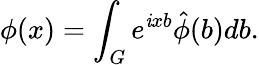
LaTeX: \phi(x)=\int_{G}e^{\mathit{i}xb}\hat{{\phi}}(b)db.